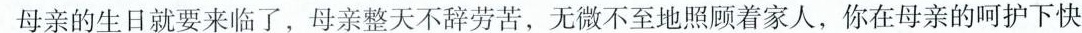
母亲的生日就要来临了，母亲整天不辞劳苦，无微不至地照顾着家人，你在母亲的呵护下快